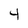
Character: 4